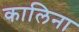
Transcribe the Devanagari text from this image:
कालिना